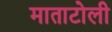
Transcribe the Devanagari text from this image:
माताटोली